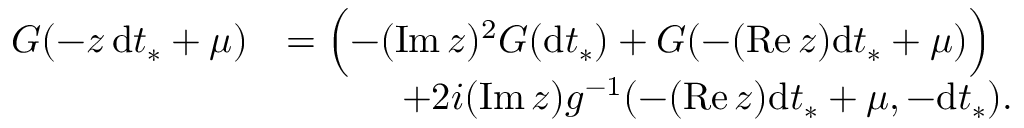
\begin{array} { r l } { G ( - z \, { \mathrm d } t _ { * } + \mu ) } & { = \Bigl ( - ( \operatorname { I m } z ) ^ { 2 } G ( { \mathrm d } t _ { * } ) + G ( - ( \operatorname { R e } z ) { \mathrm d } t _ { * } + \mu ) \Bigr ) } \\ & { \quad \qquad + 2 i ( \operatorname { I m } z ) g ^ { - 1 } ( - ( \operatorname { R e } z ) { \mathrm d } t _ { * } + \mu , - { \mathrm d } t _ { * } ) . } \end{array}